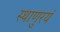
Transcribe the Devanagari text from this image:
स्थाणुरयं